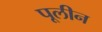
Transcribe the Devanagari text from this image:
पूलीन